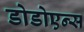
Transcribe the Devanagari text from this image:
डोडोएन्स